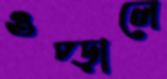
ওপ্‌ড়ালে